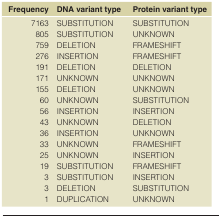
<table><thead><tr><td><b>Frequency</b></td><td><b>DNA variant type</b></td><td><b>Protein variant type</b></td></tr></thead><tbody><tr><td>716380575927619117115560564336332519331</td><td>SUBSTITUTIONSUBSTITUTIONDELETIONINSERTIONDELETIONUNKNOWNDELETIONUNKNOWNINSERTIONUNKNOWNINSERTIONUNKNOWNUNKNOWNSUBSTITUTIONSUBSTITUTIONDELETIONDUPLICATION</td><td>SUBSTITUTIONUNKNOWNFRAMESHIFTFRAMESHIFTDELETIONUNKNOWNUNKNOWNSUBSTITUTIONINSERTIONDELETIONUNKNOWNFRAMESHIFTINSERTIONFRAMESHIFTINSERTIONSUBSTITUTIONUNKNOWN</td></tr></tbody></table>